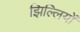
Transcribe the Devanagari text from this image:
झिल्‍लियों